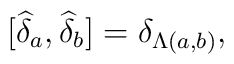
\lbrack \widehat{\delta }_{a},\widehat{\delta }_{b}]=\delta _{\Lambda (a,b)},